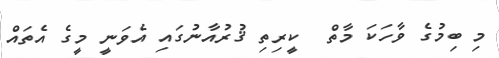
މި ބިމުގެ ވާހަކަ މާތް  ކީރިތި ޤުރުއާނުގައި އެވަނީ މީގެ އެތައް